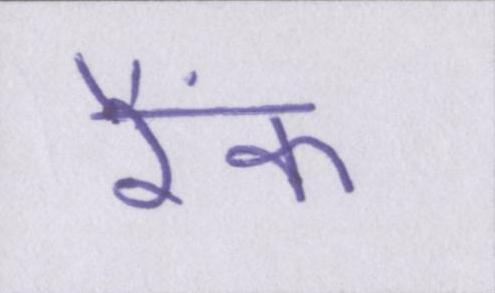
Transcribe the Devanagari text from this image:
रैंक